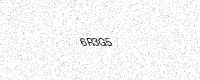
Text: 6R3G5